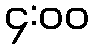
၄:၀၀